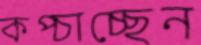
কপ্‌চাচ্ছেন